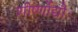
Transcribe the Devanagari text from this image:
शीर्ष्णोद्यौः